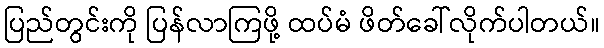
ပြည်တွင်းကို ပြန်လာကြဖို့ ထပ်မံ ဖိတ်ခေါ်လိုက်ပါတယ်။